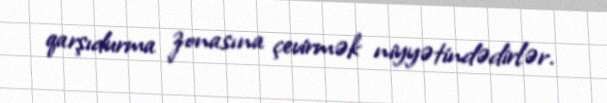
qarşıdurma zonasına çevirmək niyyətindədirlər.